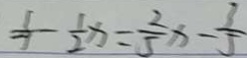
\frac { 1 } { 7 } - \frac { 1 } { 2 } x = \frac { 2 } { 5 } x - \frac { 3 } { 5 }